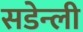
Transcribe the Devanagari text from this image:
सडेन्ली